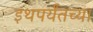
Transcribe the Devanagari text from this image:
इथपर्यंतच्या